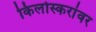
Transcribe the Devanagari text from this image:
किर्लोस्करांवर